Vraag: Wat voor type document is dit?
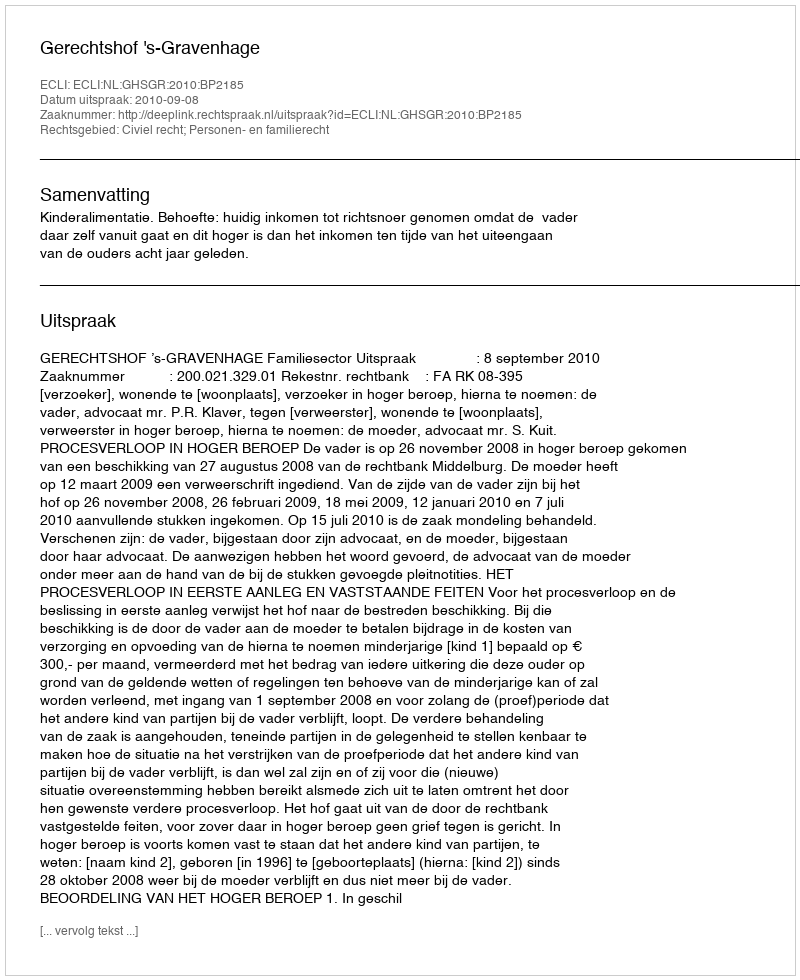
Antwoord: Uitspraak